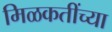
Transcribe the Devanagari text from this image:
मिळकतींच्या